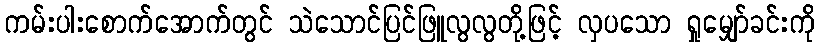
ကမ်းပါးစောက်အောက်တွင် သဲသောင်ပြင်ဖြူလွလွတို့ဖြင့် လှပသော ရှုမျှော်ခင်းကို